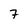
Character: 7